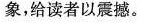
象，给读者以震撼。